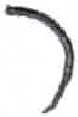
אות: ר